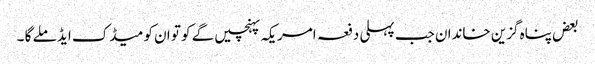
بعض پناہ گزین خاندان جب پہلی دفعہ امریکہ پہنچیں گے کو تو ان کو میڈک ایڈ ملے گا ۔